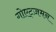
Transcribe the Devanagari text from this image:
गोएट्ज़मन